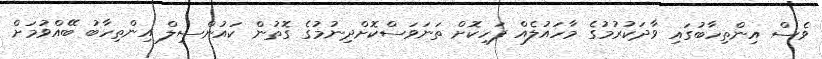
ވެސް އިންތިހާބުގައި ވާދަކުރުމުގެ މާހައުލެއް ފަހިކޮށް ތަނަވަސްކޮށްދިނުމުގެ ގޮތުން ކައުންސިލް އިންތިހާބު ބޭއްވުމަށް